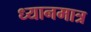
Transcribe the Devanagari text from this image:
ध्यानमात्र